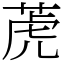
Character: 萀